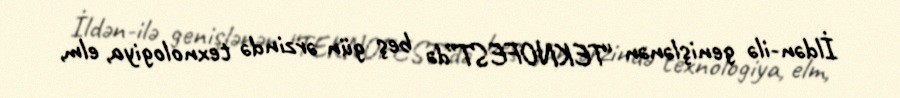
İldən-ilə genişlənən “TEKNOFEST”də beş gün ərzində texnologiya, elm,